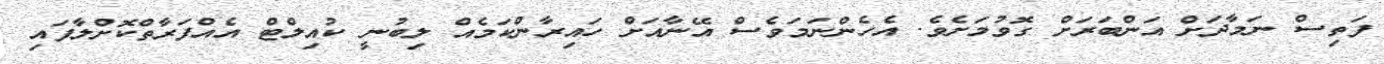
ފަތިސް ނަމާދަށް އަންބަރަށް ގޮވުމަށެވެ. އެހެންނަމަވެސް އޭނާއަށް ހައިރާންކަމެއް ލިބުނީ ކުއިލްޓް އެއްފަރާތްކޮށްލާފައި